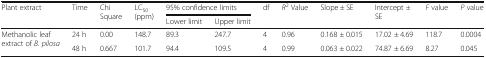
<table><thead><tr><td rowspan="2"><b>Plant extract</b></td><td rowspan="2"><b>Time</b></td><td rowspan="2"><b>Chi Square</b></td><td rowspan="2"><b>LC<sub>50</sub> (ppm)</b></td><td colspan="2"><b>95% confidence limits</b></td><td rowspan="2"><b>df</b></td><td rowspan="2"><b><i>R</i><sup>2</sup> Value</b></td><td rowspan="2"><b>Slope ± SE</b></td><td rowspan="2"><b>Intercept ± SE</b></td><td rowspan="2"><b><i>F</i> value</b></td><td rowspan="2"><b><i>P</i> value</b></td></tr><tr><td><b>Lower limit</b></td><td><b>Upper limit</b></td></tr></thead><tbody><tr><td rowspan="2">Methanolic leaf extract of <i>B. pilosa</i></td><td>24 h</td><td>0.00</td><td>148.7</td><td>89.3</td><td>247.7</td><td>4</td><td>0.96</td><td>0.168 ± 0.015</td><td>17.02 ± 4.69</td><td>118.7</td><td>0.0004</td></tr><tr><td>48 h</td><td>0.667</td><td>101.7</td><td>94.4</td><td>109.5</td><td>4</td><td>0.99</td><td>0.063 ± 0.022</td><td>74.87 ± 6.69</td><td>8.27</td><td>0.045</td></tr></tbody></table>